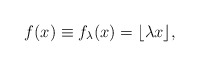
\begin{align*}f(x)\equiv f_\lambda(x)=\lfloor\lambda x\rfloor,\end{align*}